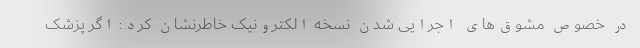
در خصوص مشوق‌های اجرایی شدن نسخه الکترونیک خاطرنشان کرد: اگر پزشک